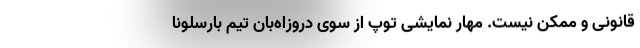
قانونی و ممکن نیست. مهار نمایشی توپ از سوی دروزاه‌بان تیم بارسلونا